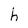
Character: h